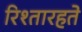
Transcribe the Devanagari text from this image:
रिश्तारहते